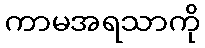
ကာမအရသာကို